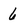
Character: 6